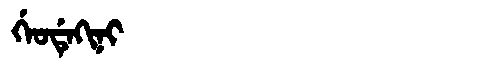
Manchu: ᡤᡝᠣᡩᡝᡴᡳᠨᡳ
Romanization: GEODEKINI